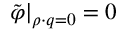
\left. \tilde { \varphi } \right| _ { \rho \cdot q = 0 } = 0